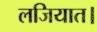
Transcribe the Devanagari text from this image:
लजियात।